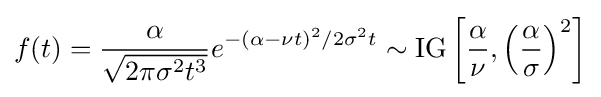
f(t)={\alpha  \over {\sqrt {2\pi \sigma ^{2}t^{3}}}}e^{-(\alpha -\nu t)^{2}/2\sigma ^{2}t}\sim {\text{IG}}\left[{\alpha  \over {\nu }},\left({\alpha  \over {\sigma }}\right)^{2}\right]